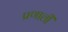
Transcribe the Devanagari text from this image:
प्रणालीं